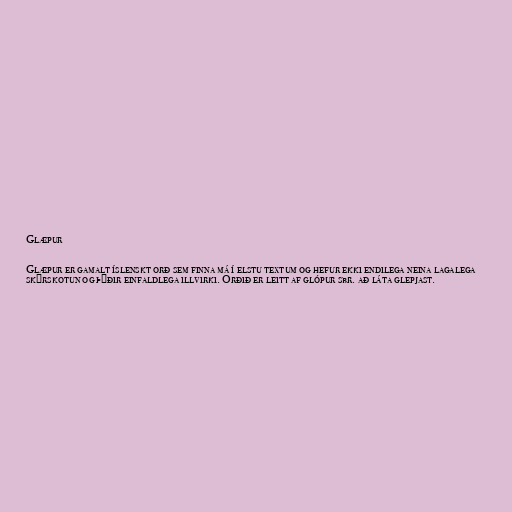
Glæpur

Glæpur er gamalt íslenskt orð sem finna má í elstu textum og hefur ekki endilega neina lagalega
skýrskotun og þýðir einfaldlega illvirki. Orðið er leitt af glópur sbr. að láta glepjast.